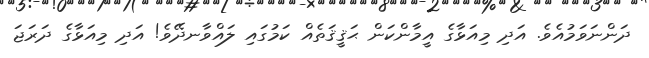
ދަންނަވަމުއެވެ. އަދި މިއަޅާގެ އީމާންކަން ޙަޤީޤަތެއް ކަމުގައި ލައްވާނދޭވެ! އަދި މިއަޅާގެ ދަރަޖަ